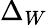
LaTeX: \Delta_{W}